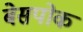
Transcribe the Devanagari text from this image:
बेसपोक